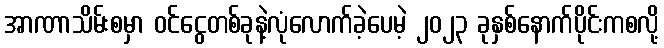
အာဏာသိမ်းစမှာ ဝင်ငွေတစ်ခုနဲ့လုံလောက်ခဲ့ပေမဲ့ ၂၀၂၃ ခုနှစ်နောက်ပိုင်းကစလို့